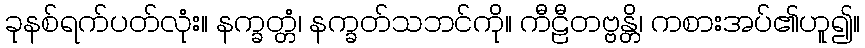
ခုနစ်ရက်ပတ်လုံး။ နက္ခတ္တံ၊ နက္ခတ်သဘင်ကို။ ကီဠီတဗ္ဗန္တိ၊ ကစားအပ်၏ဟူ၍။